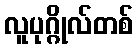
လူပုဂ္ဂိုလ်တစ်